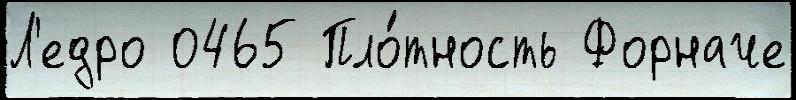
Л'едро 0465 Пло́тность Форначе